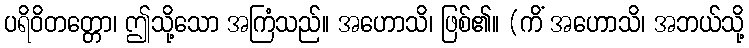
ပရိဝိတတ္တော၊ ဤသို့သော အကြံသည်။ အဟောသိ၊ ဖြစ်၏။ (ကိံ အဟောသိ၊ အဘယ်သို့